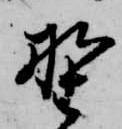
野